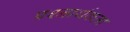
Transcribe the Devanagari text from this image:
प्रश्‍नार्थकता